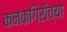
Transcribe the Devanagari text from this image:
कनकगिरीच्या